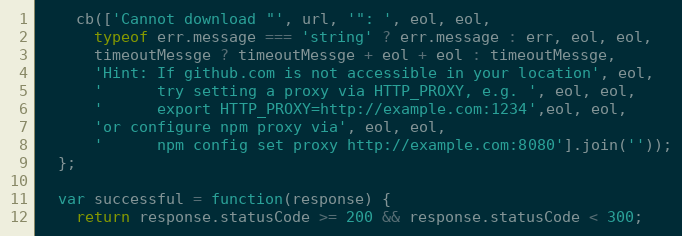
Language: JavaScript
    cb(['Cannot download "', url, '": ', eol, eol,
      typeof err.message === 'string' ? err.message : err, eol, eol,
      timeoutMessge ? timeoutMessge + eol + eol : timeoutMessge,
      'Hint: If github.com is not accessible in your location', eol,
      '      try setting a proxy via HTTP_PROXY, e.g. ', eol, eol,
      '      export HTTP_PROXY=http://example.com:1234',eol, eol,
      'or configure npm proxy via', eol, eol,
      '      npm config set proxy http://example.com:8080'].join(''));
  };

  var successful = function(response) {
    return response.statusCode >= 200 && response.statusCode < 300;